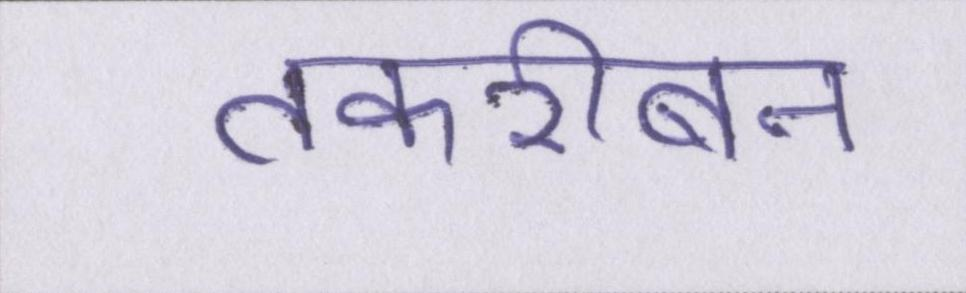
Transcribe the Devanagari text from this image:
तकरीबन